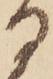
る